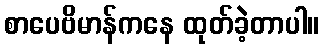
စာပေဗိမာန်ကနေ ထုတ်ခဲ့တာပါ။